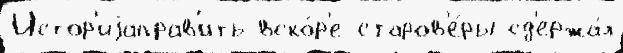
Истор'иjаправ'ить вско́р'е старов'е́ры сд'ержа́л